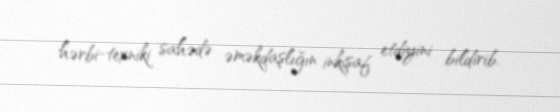
hərbi-texniki sahədə əməkdaşlığın inkişaf etdiyini bildirib.